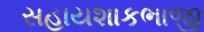
સહાયશાકભાજી